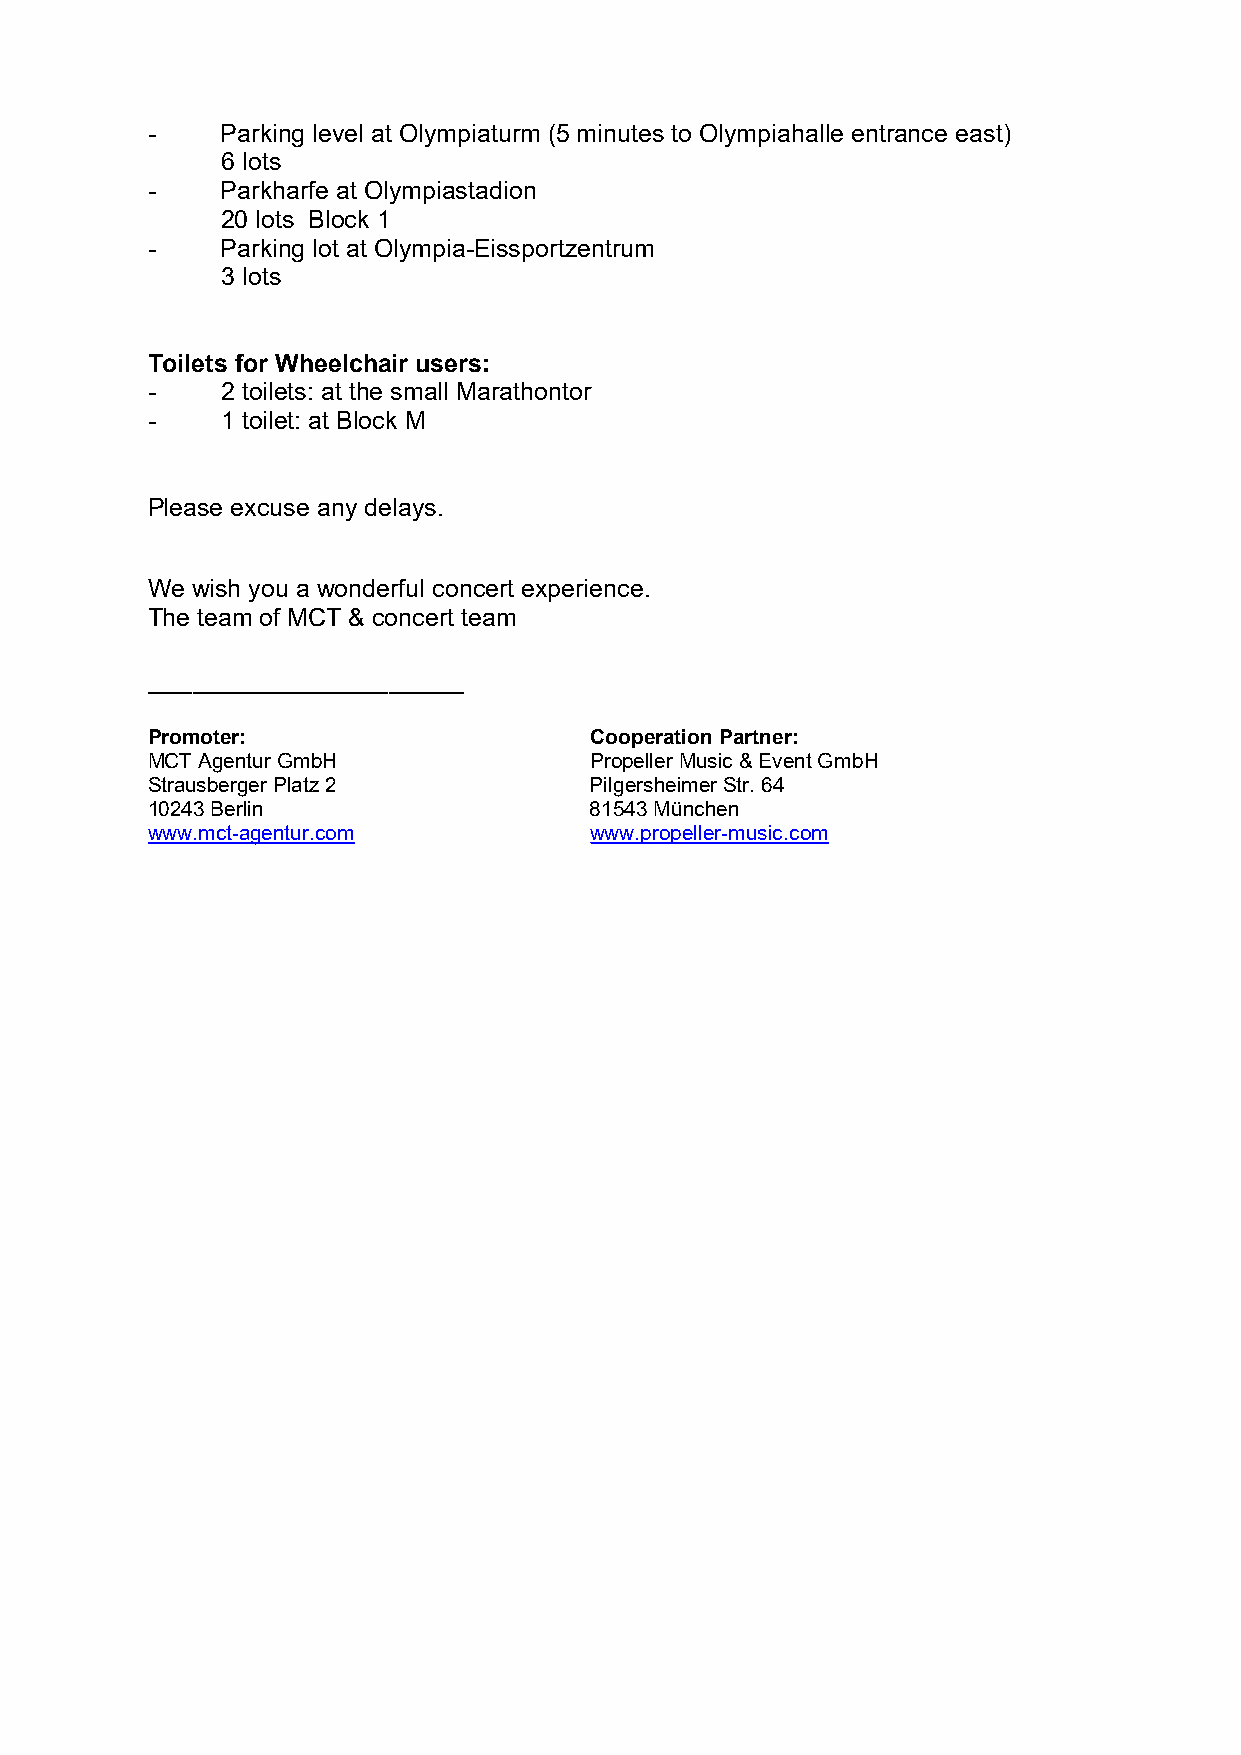
-    Parking level at Olympiaturm (5 minutes to Olympiahalle entrance east)
 6 lots
 -    Parkharfe at Olympiastadion
 20 lots Block 1
 -    Parking lot at Olympia-Eissportzentrum
 3 lots
 Toilets for Wheelchair users:
 -    2 toilets: at the small Marathontor
 -    1 toilet: at Block M
 Please excuse any delays.
 We wish you a wonderful concert experience.
 The team of MCT & concert team
 _____________________
 Promoter:                    Cooperation Partner:
 MCT Agentur GmbH             Propeller Music & Event GmbH
 Strausberger Platz 2         Pilgersheimer Str. 64
 10243 Berlin                 81543 München
 www.mct-agentur.com          www.propeller-music.com